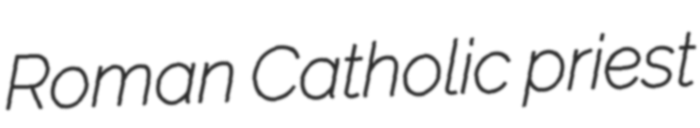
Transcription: Roman Catholic priest